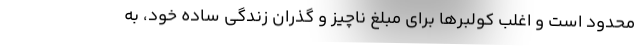
محدود است و اغلب كولبرها براي مبلغ ناچيز و گذران زندگي ساده خود، به